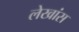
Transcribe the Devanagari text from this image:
लेखांस